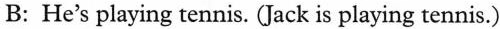
B: He's playing tennis. (Jack is playing tennis.)